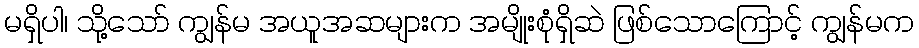
မရှိပါ၊ သို့သော် ကျွန်မ အယူအဆများက အမျိုးစုံရှိဆဲ ဖြစ်သောကြောင့် ကျွန်မက